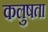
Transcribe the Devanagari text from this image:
कलुषता